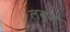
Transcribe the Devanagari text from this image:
लब्ज